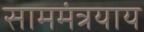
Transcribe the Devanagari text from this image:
साममंत्रयाय